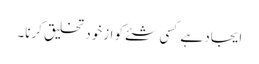
ایجاد ہے کسی شئے کو ازخود تخلیق کرنا۔